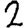
Digit: 2